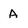
Character: a